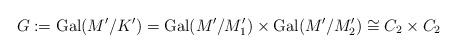
LaTeX: \begin{align*} G := {\rm Gal}(M'/K')={\rm Gal}(M'/M_1')\times{\rm Gal}(M'/M_2')\cong C_2\times C_2\end{align*}